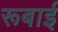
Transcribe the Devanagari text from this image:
रूबाई